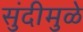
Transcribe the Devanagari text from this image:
सुंदीमुळे